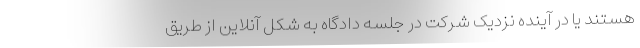
هستند یا در آینده نزدیک شرکت در جلسه دادگاه به شکل آنلاین از طریق